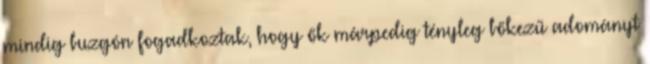
mindig buzgón fogadkoztak, hogy ők márpedig tényleg bőkezű adományt